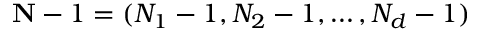
\mathbf { N } - 1 = ( N _ { 1 } - 1 , N _ { 2 } - 1 , \ldots , N _ { d } - 1 )